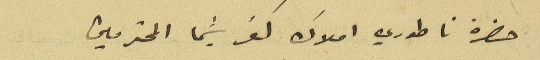
حضرة ناطوري املاك كفرشيما المحترمين